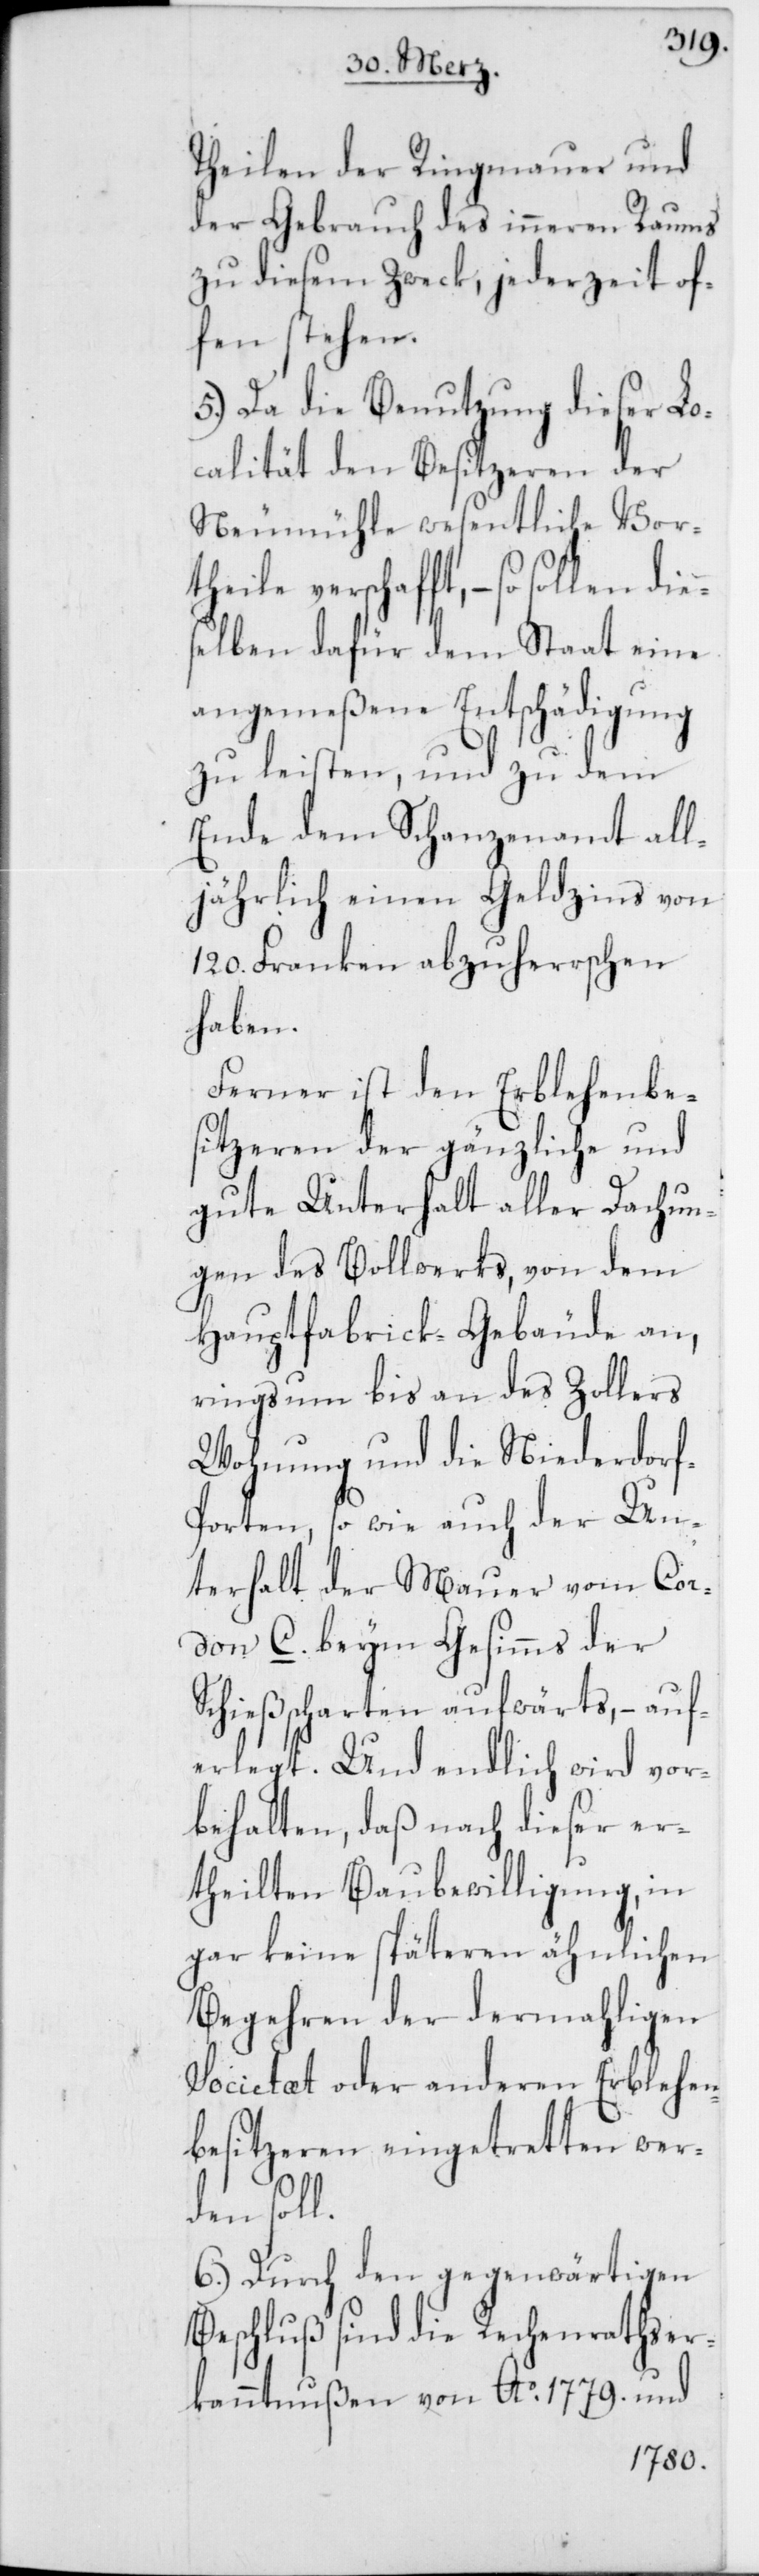
Theilen der Ringmauer und
der Gebrauch des inneren Raums
zu diesem Zweck, jederzeit of¬
fen stehen.
5.) Da die Benutzung dieser Lo¬
calität den Besitzeren der
Neumühle wesentliche Vor¬
theile verschafft, – so sol¬
elben dafür dem Staat eine
angemeßene Entschädigung
zu leisten, und zu dem
Ende dem Schanzenamt all¬
jährlich einen Geldzins von
120. Franken abzuherrschen
haben.
Ferner ist den Erblehenbe¬
sitzeren der gänzliche und
gute Unterhalt aller Dachun¬
gen des Bollwerks, von dem
Hauptfabrick-Gebäude an,
ringsum bis an des Zollers
Wohnung und die Niederdor¬
f-Porten, so wie auch der Un¬
terhalt der Mauer vom Cor¬
don C. beym Gesimms der
Schießscharten aufwärts, – auf¬
erlegt. Und endlich wird vor¬
behalten, daß nach dieser er¬
theilten Baubewilligung, in
gar keine späteren ähnlichen
Begehren der dermahligen
Societat oder anderen Erblehen¬
besitzeren eingetretten wer¬
den soll.
6.) Durch den gegenwärtigen
Beschluß sind die Rechenraths-Er¬
kanntnußen von Ao. 1779. und